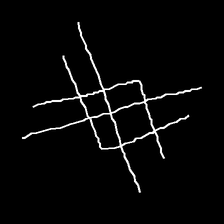
Glyph: crystal